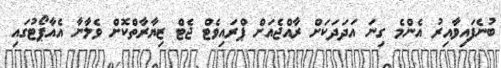
ބުނެފައިވާއިރު އެންމެ ގިނަ އަދަދަކަށް ރާއްޖެއަށް ޕްރައިވެޓް ޖެޓް ޒިޔާރާތްކޮށް ވެލާނާ އެެއާޕޯޓުގައި